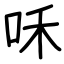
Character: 咊